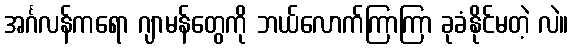
အင်္ဂလန်ကရော ဂျာမန်တွေကို ဘယ်လောက်ကြာကြာ ခုခံနိုင်မတဲ့ လဲ။